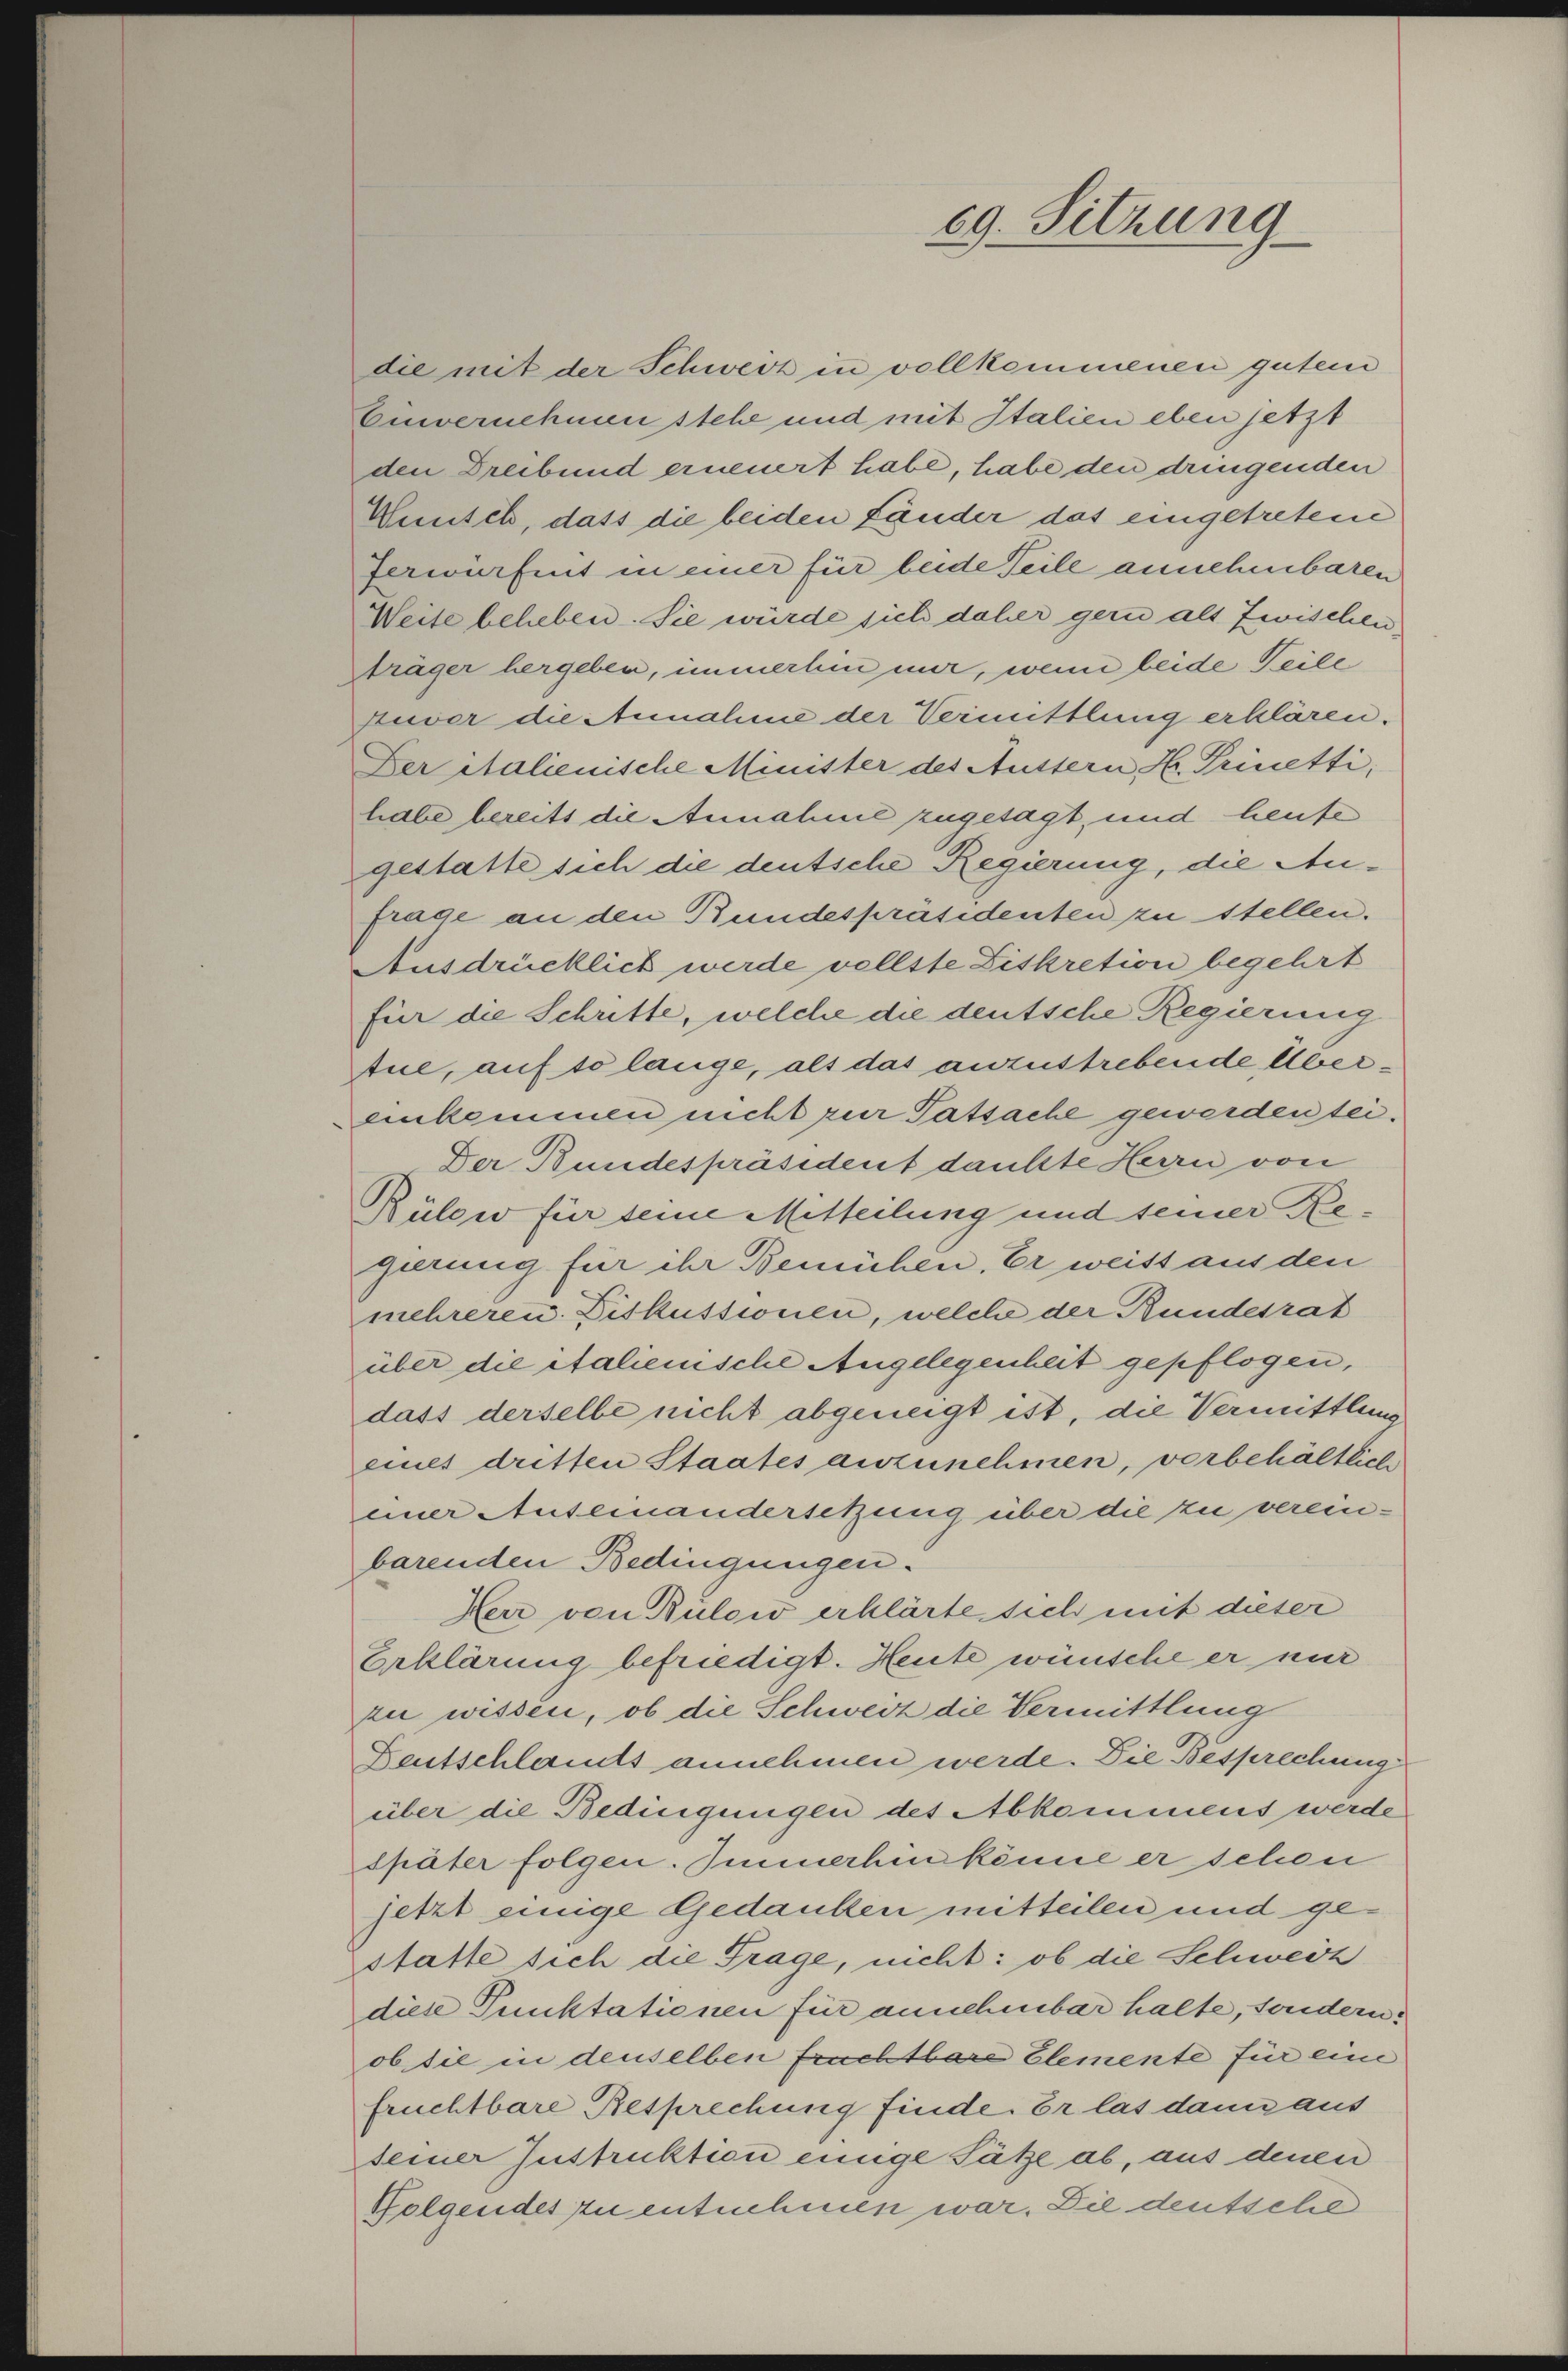
die mit der Schweiz in vollkommenen gutem
Einvernehmen stehe und mit Italien eben jetzt
den Dreibund erneuert habe, habe den dringenden
Wünsch, dass die beiden Länder das eingetretene
Jerwerfent in einer für beide Teile annehmbaren
Weite beheben. Sie würde sich daher gern als Zwischen
träger hergeben, immerhin mir, wenn beide Teile
zuver die Annahme der Vermittlung erklären.
Der Stalienische Minister des Aussern H. Prinetti,
habe bereits die Annahme zugesagt, und heufe
gestatte sich die deutsche Regierung, die Aufrage an den Bundespräsidenten zu stellen.
Ausdrücklich werde vollste Diskretion begehrt
für die Schritte, welche die deutsche Regierung
Aue, auf so lange, als das anzustrebende Übereinkommen nicht zur Tatsache gewordentei¬
Der Bundespräsident dankte Herrn von
Bülow für seine Mitteilung und seiner Regerung für ihr Bemühen, Er weist aus den
mehreren. Diskussionen, welche der Kundesrat
über die italienische Angelegenheit gepflogen,
dass derselbe nicht abgeneigt ist, die Vermittlung
eines dritten Staates anzunehmen, vorbehältlich
einer Auseinandersetzung über die zu vereinbarenden Bedingungen.
Herr von Bülow erklärte sich mit dieser
Erklärung befriedigt. Heute wünsche er nur
zu wissen, ob die Schweiz die Vermittlung
Deutschlands annehmen werde. Die Besprechung
über die Bedingungen des Abkommens werde
später folgen. Immerhin könne er schon
jetzt einige Gedanken mitteilen und gestatte sich die Frage, nicht: ob die Schweiz
diese Punktationen für annehmbar halte, sondern
ob die in denselben fruchtbare Elemente für eine
fruchtbare Besprechung finde. Er las dann aus
seiner Instruktion einige Sätze ab, aus denen
Folgendes zu entnehmen war. Die deutsche

69. Sitzung